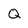
Character: Q